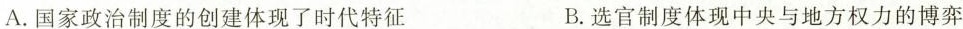
A.国家政治制度的创建体现了时代特征 B.选官制度体现中央与地方权力的博弈